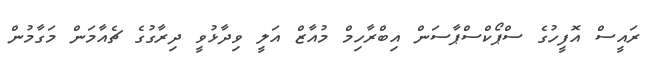
ރައީސް އޮފީހުގެ ސްޕޯކްސްޕާސަން އިބްރާހިމް މުއާޒް އަލީ ވިދާޅުވީ ދިރާގުގެ ޗެއާމަން މަގާމުން